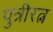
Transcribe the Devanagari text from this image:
पुत्रीरत्न